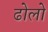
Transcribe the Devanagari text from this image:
ढोलो